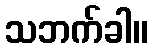
သဘက်ခါ။